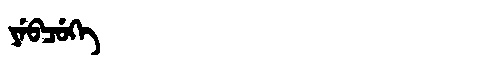
Manchu: ᠶᡝᠪᠴᡠᡴᡝ
Romanization: YEBCUKE